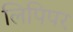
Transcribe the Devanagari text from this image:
लिपिपर